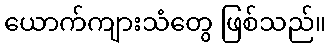
ယောက်ကျားသံတွေ ဖြစ်သည်။